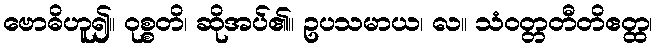
ဗောဓိဟူ၍။ ဝုစ္စတိ၊ ဆိုအပ်၏။ ဥပသမာယ၊ လ။ သံဝတ္တတီတိဧတ္ထ၊